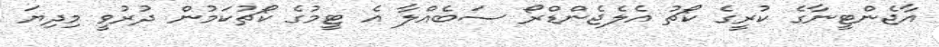
އާޖެންޓީނާގެ ކުރީގެ ކޯޗު އެލެޖެންޑްރޯ ސަބެއްލާ އެ ޓީމުގެ ކޯޗުކަމުން ދުރުވީ މިދިޔަ